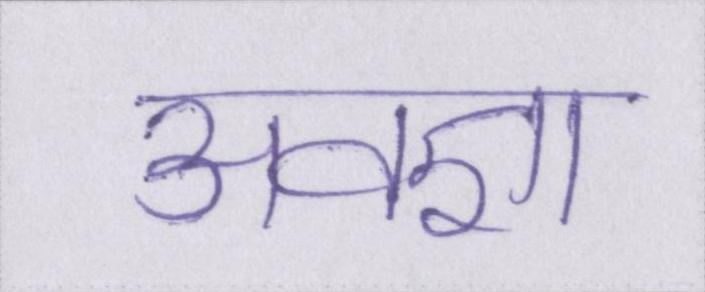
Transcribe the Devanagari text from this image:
अवज्ञा